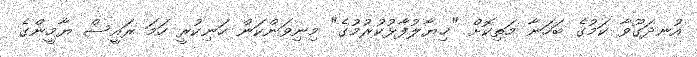
އުނދަގޫވާ ކަމުގެ ބަހަނާ މަތިކޮށް "ޚިޔާލުފާޅުކުރުމުގެ" މިނިވަންކަން ހަނިކުރީ ހަމަ ރައީސް ޔާމީންގެ